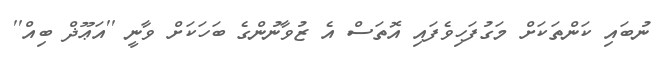
ނުބައި ކަންތަކަށް މަގުފަހިވެފައި އޮތަސް އެ ޒުވާނުންގެ ބަހަކަށް ވާނީ ''އަޢޫޛް ބިއް''